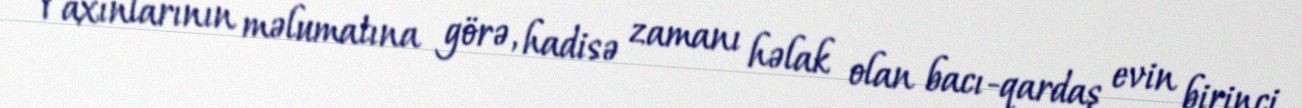
Yaxınlarının məlumatına görə, hadisə zamanı həlak olan bacı-qardaş evin birinci